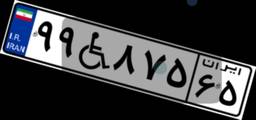
۹۹W۸۷۵۶۵